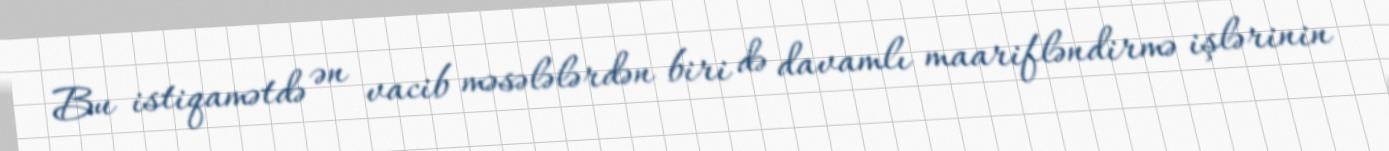
Bu istiqamətdə ən vacib məsələlərdən biri də davamlı maarifləndirmə işlərinin